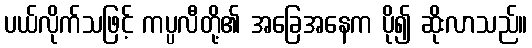
ပယ်လိုက်သဖြင့် ကပ္ပလီတို့၏ အခြေအနေက ပို၍ ဆိုးလာသည်။